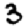
Digit: 3